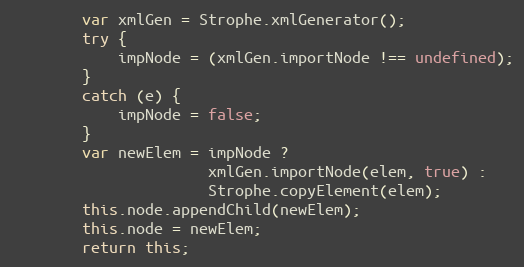
Language: JavaScript
        var xmlGen = Strophe.xmlGenerator();
        try {
            impNode = (xmlGen.importNode !== undefined);
        }
        catch (e) {
            impNode = false;
        }
        var newElem = impNode ?
                      xmlGen.importNode(elem, true) :
                      Strophe.copyElement(elem);
        this.node.appendChild(newElem);
        this.node = newElem;
        return this;